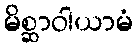
မိစ္ဆာဝါယာမံ